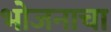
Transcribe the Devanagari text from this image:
भोजनाचा